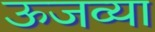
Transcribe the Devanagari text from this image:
ऊजव्या